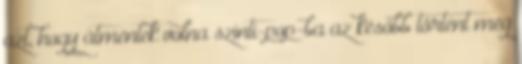
azt, hogy átmentek volna szinti-pop-ba az később történt meg